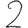
Digit: 2